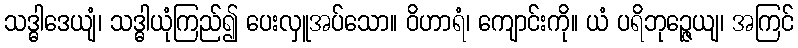
သဒ္ဓါဒေယျံ၊ သဒ္ဓါယုံကြည်၍ ပေးလှူအပ်သော။ ဝိဟာရံ၊ ကျောင်းကို။ ယံ ပရိဘုဉ္ဇေယျ၊ အကြင်